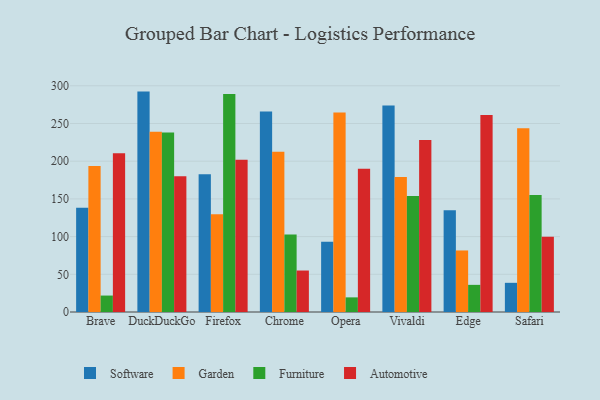
{"axis": {"x": "Browser", "y": "Tickets Resolved"}, "legend": ["Automotive", "Furniture", "Garden", "Software"], "data": [{"x": "Brave", "y": 138.2, "type": "Software"}, {"x": "Brave", "y": 193.5, "type": "Garden"}, {"x": "Brave", "y": 21.8, "type": "Furniture"}, {"x": "Brave", "y": 210.4, "type": "Automotive"}, {"x": "DuckDuckGo", "y": 292.3, "type": "Software"}, {"x": "DuckDuckGo", "y": 239.2, "type": "Garden"}, {"x": "DuckDuckGo", "y": 238.2, "type": "Furniture"}, {"x": "DuckDuckGo", "y": 179.9, "type": "Automotive"}, {"x": "Firefox", "y": 182.7, "type": "Software"}, {"x": "Firefox", "y": 129.7, "type": "Garden"}, {"x": "Firefox", "y": 289.2, "type": "Furniture"}, {"x": "Firefox", "y": 201.8, "type": "Automotive"}, {"x": "Chrome", "y": 266.0, "type": "Software"}, {"x": "Chrome", "y": 212.5, "type": "Garden"}, {"x": "Chrome", "y": 102.8, "type": "Furniture"}, {"x": "Chrome", "y": 55.0, "type": "Automotive"}, {"x": "Opera", "y": 93.2, "type": "Software"}, {"x": "Opera", "y": 264.7, "type": "Garden"}, {"x": "Opera", "y": 19.4, "type": "Furniture"}, {"x": "Opera", "y": 189.9, "type": "Automotive"}, {"x": "Vivaldi", "y": 273.9, "type": "Software"}, {"x": "Vivaldi", "y": 179.1, "type": "Garden"}, {"x": "Vivaldi", "y": 153.8, "type": "Furniture"}, {"x": "Vivaldi", "y": 228.2, "type": "Automotive"}, {"x": "Edge", "y": 135.1, "type": "Software"}, {"x": "Edge", "y": 81.6, "type": "Garden"}, {"x": "Edge", "y": 36.0, "type": "Furniture"}, {"x": "Edge", "y": 261.2, "type": "Automotive"}, {"x": "Safari", "y": 38.7, "type": "Software"}, {"x": "Safari", "y": 243.7, "type": "Garden"}, {"x": "Safari", "y": 155.2, "type": "Furniture"}, {"x": "Safari", "y": 99.7, "type": "Automotive"}]}